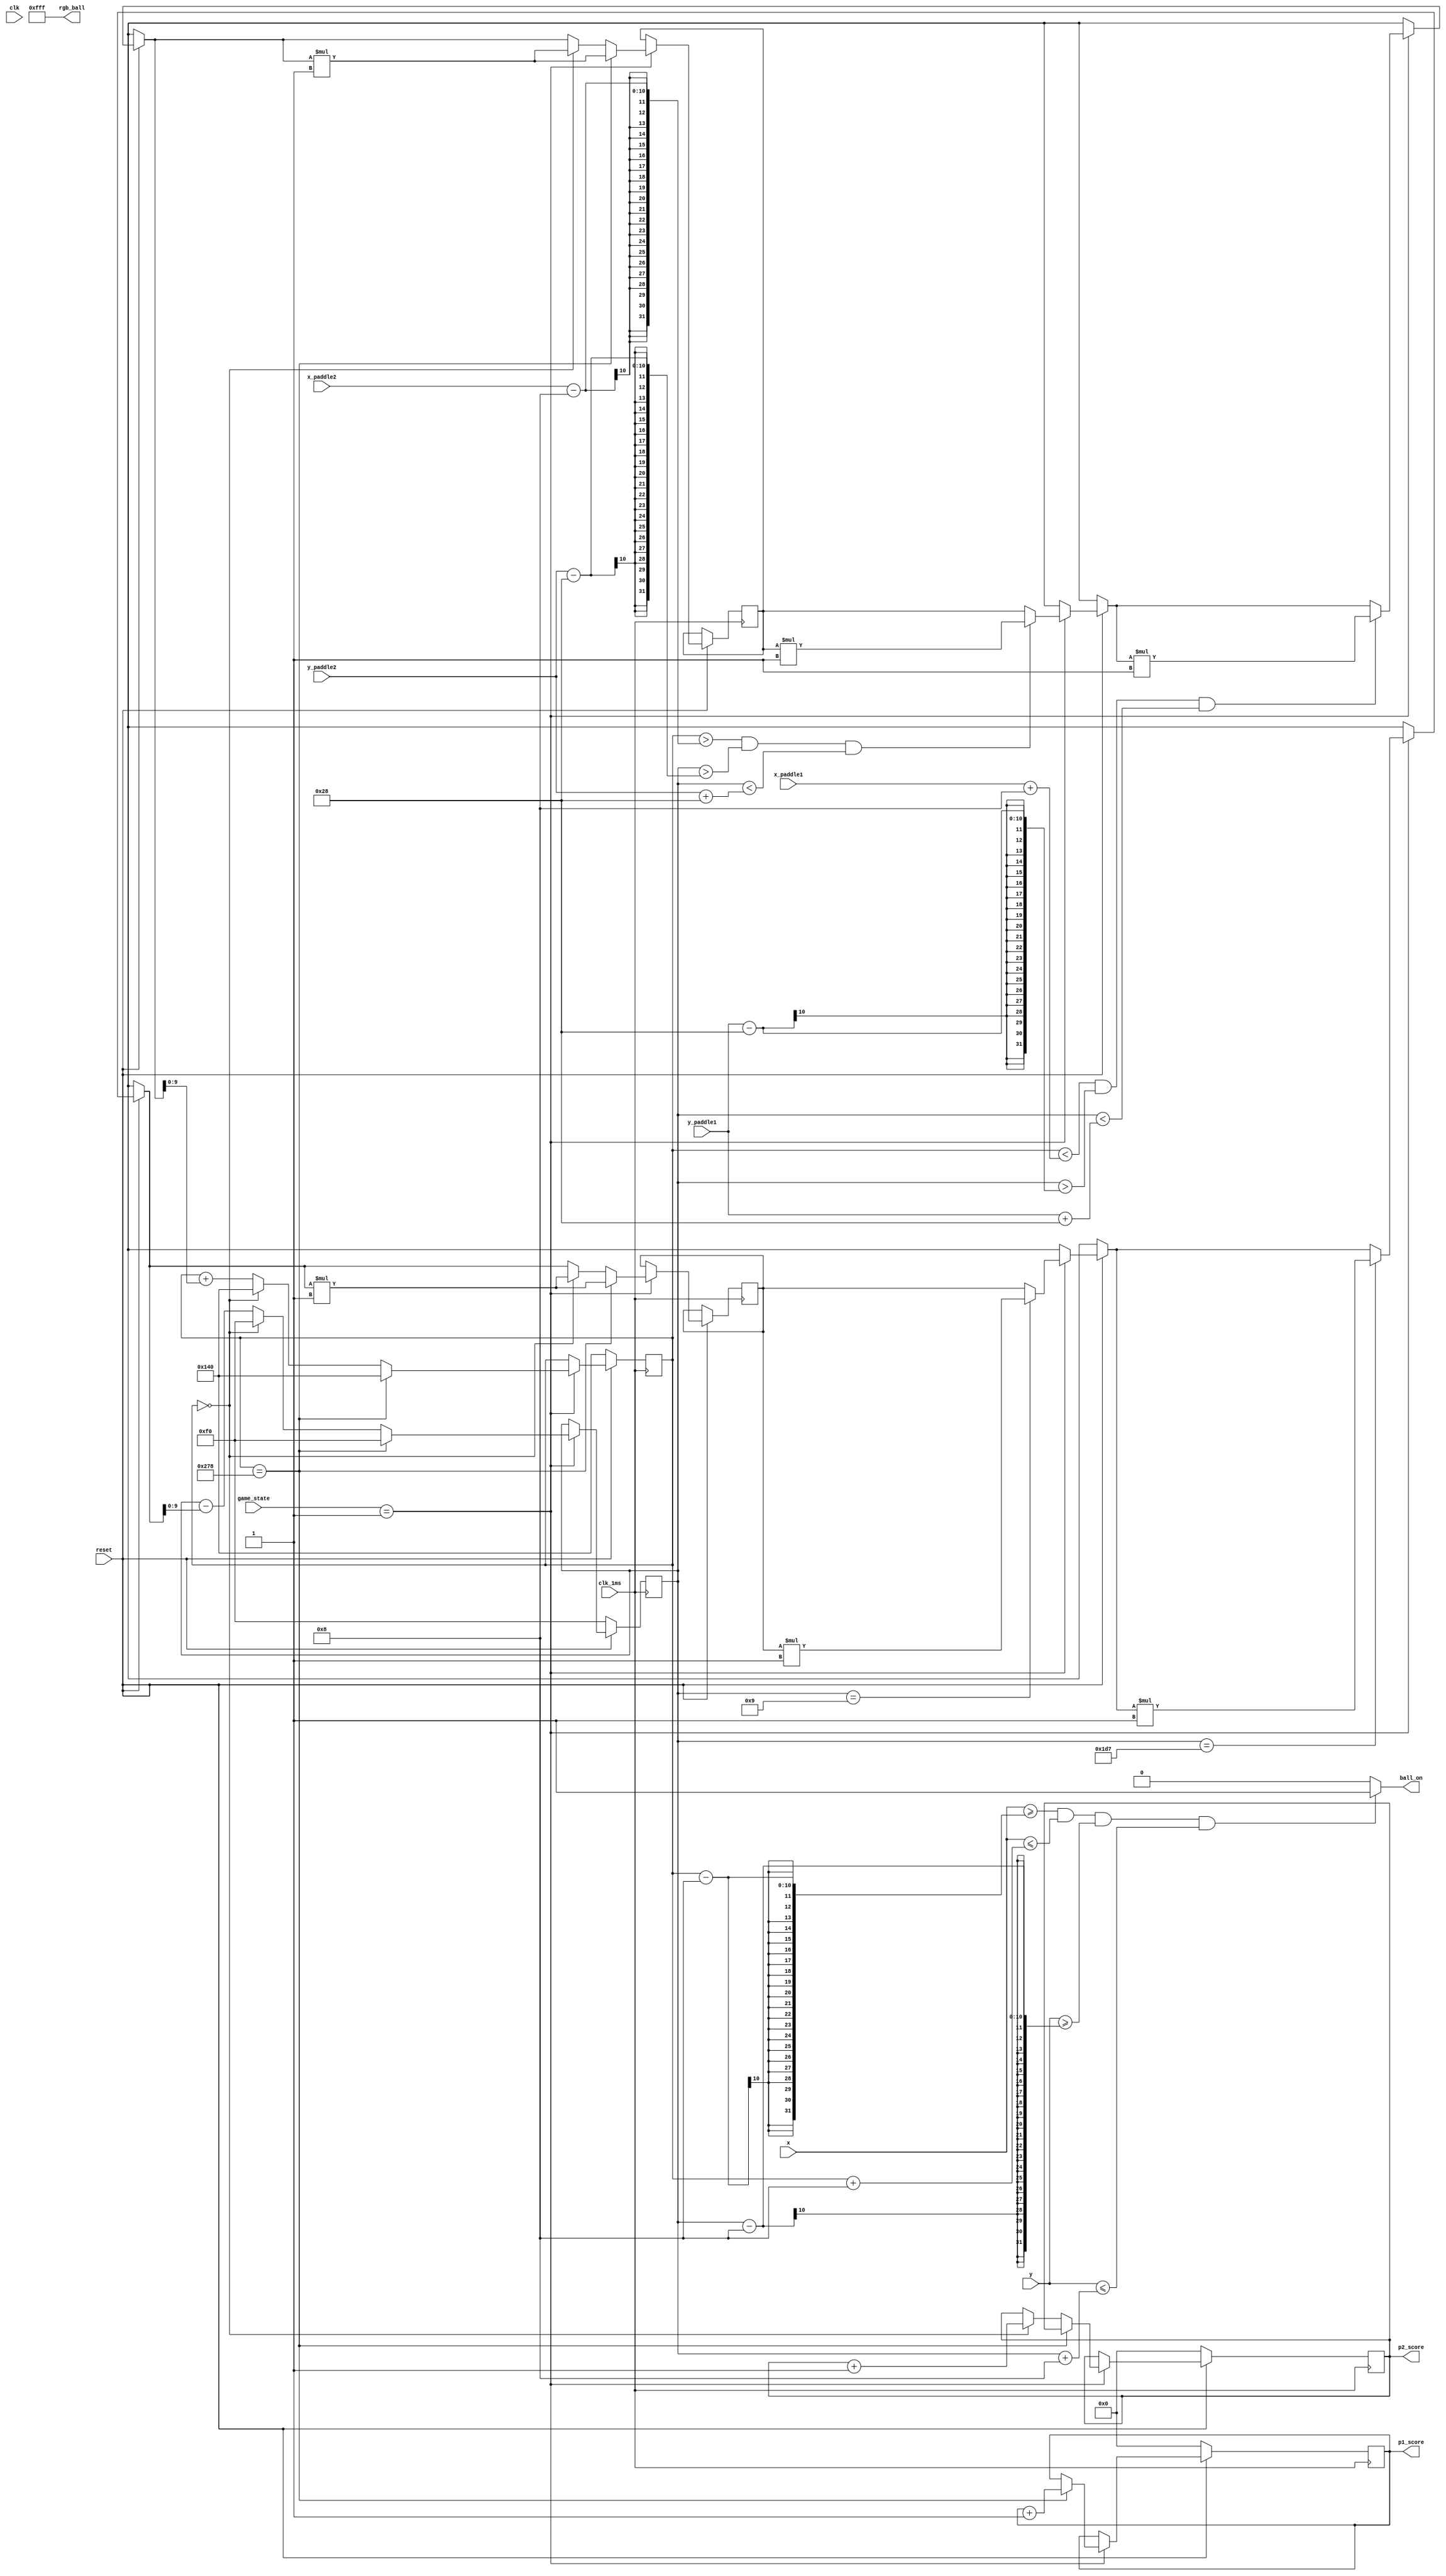


//MAke it pretty at the end using variables
module ball(
	input clk,clk_1ms,reset,
	input [9:0] x, y,
	output ball_on,
	output [11:0] rgb_ball,
	input [9:0] x_paddle1, x_paddle2, y_paddle1, y_paddle2,
	output reg [3:0]  p1_score, p2_score,
	input [1:0] game_state
	);
		
	localparam H_ACTIVE	= 640;
	localparam V_ACTIVE	= 480;
	
	localparam ball_width = 16; //horizontal
	localparam ball_height = 16;//vertical

	localparam paddlewidth = 16;
	localparam paddleheight = 80;
	
	integer dx = 1, dy = 1;
	
	reg [9:0] x_ball, y_ball;
		
	always @ (posedge clk_1ms)
	begin
		if(!reset)
		begin
			x_ball <= H_ACTIVE/2;
			y_ball <= V_ACTIVE/2;
			p1_score <= 0;
			p2_score <= 0;	
		end
		else if (game_state == 2'b01)
		begin
			// EDGES
			if (y_ball == (ball_height/2)+1)//Top starting +1
				dy = dy*-1;
			if (y_ball == (V_ACTIVE-(ball_height/2)-1))//Bottom ending -1
				dy = dy*-1;

			// PADDLE COLLISION
			if (x_ball > (x_paddle2-ball_width/2) && y_ball > (y_paddle2 - paddleheight/2) && y_ball < (y_paddle2 + paddleheight/2))
				dx = dx*-1;
			if (x_ball < (x_paddle1+ball_width/2) && y_ball > (y_paddle1 - paddleheight/2) && y_ball < (y_paddle1 + paddleheight/2))
				dx = dx*-1;
			
			if (x_ball == (H_ACTIVE -ball_width/2))//Paddle2 lost
			begin 
				x_ball <= H_ACTIVE/2;
				y_ball <= V_ACTIVE/2;
				dy = dy*-1;
				dx = dx*-1;// change the direction of ball
				p1_score <= p1_score+1;
			end
			else if (x_ball == 0)//Paddle1 lost
			begin 
				x_ball <= H_ACTIVE/2;
				y_ball <= V_ACTIVE/2;
				dy = dy*-1;
				dx = dx*-1;
				p2_score <= p2_score+1;
			end
			else
			begin
				x_ball <= x_ball + dx;
				y_ball <= y_ball - dy;	
			end
		end
		else //IF game is not being played
		begin
			x_ball <= x_ball;
			y_ball <= y_ball;
		end	
	end
		
	assign ball_on = (x >= x_ball-(ball_width/2) && x <= x_ball+(ball_width/2) && y >= y_ball-(ball_height/2) && y <= y_ball+(ball_height/2))?1:0;
	
	assign rgb_ball = 12'b111111111111;//Silver = 12'b101110111011 skyblue=12'b100011001110 Gold =12'bb111111010000
	
	
	
endmodule